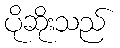
ပိုဆိုးသည်